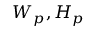
W _ { p } , H _ { p }